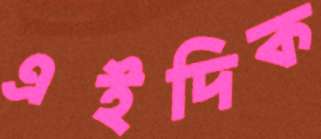
এইদিক